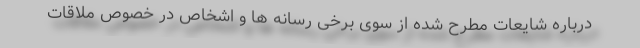
درباره شایعات مطرح شده از سوی برخی رسانه ها و اشخاص در خصوص ملاقات